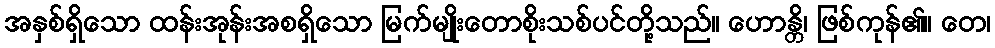
အနှစ်ရှိသော ထန်းအုန်းအစရှိသော မြက်မျိုးတောစိုးသစ်ပင်တို့သည်။ ဟောန္တိ၊ ဖြစ်ကုန်၏။ တေ၊